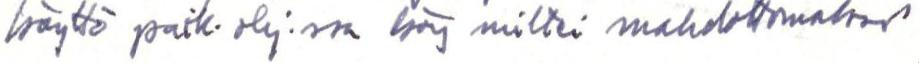
käyttö paik. ohj.ssa käy miltei mahdottomaksi.